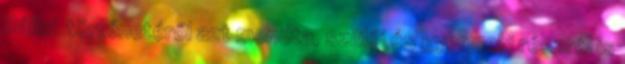
Bálint történetéről azt mondta, szülői és gyermeki részről is